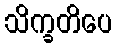
သိက္ခတိပေ